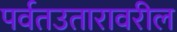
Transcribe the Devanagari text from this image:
पर्वतउतारावरील